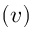
( v )